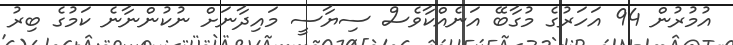
އުމުރުން 94 އަހަރުުގެ މުގާބޭ އަނެއްކާވެސް ސިޔާސީ މައިދާނަށް ނުކުންނާނެ ކަމުގެ ބިރު